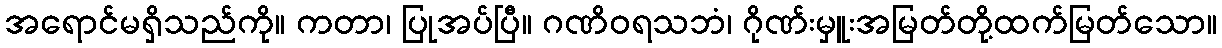
အရောင်မရှိသည်ကို။ ကတာ၊ ပြုအပ်ပြီ။ ဂဏိဝရသဘံ၊ ဂိုဏ်းမှူးအမြတ်တို့ထက်မြတ်သော။